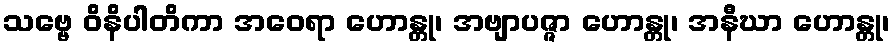
သဗ္ဗေ ဝိနိပါတိကာ အဝေရာ ဟောန္တု၊ အဗျာပဇ္ဇာ ဟောန္တု၊ အနီဃာ ဟောန္တု၊